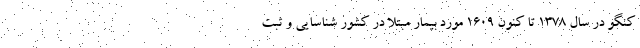
کنگو در سال ۱۳۷۸ تا کنون ۱۶۰۹ مورد بیمار مبتلا در کشور شناسایی و ثبت